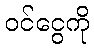
ဝင်ငွေကို